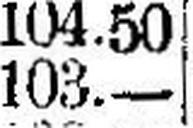
103.—